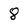
Character: 8